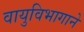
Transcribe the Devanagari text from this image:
वायुविभागाने